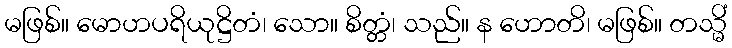
မဖြစ်။ မောဟပရိယုဋ္ဌိတံ၊ သော။ စိတ္တံ၊ သည်။ န ဟောတိ၊ မဖြစ်။ တသ္မိံ